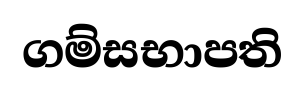
ගම්සභාපති